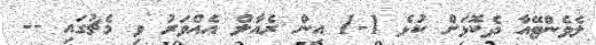
ލެވެންޓޭއާ ދެކޮޅަށް ކުޅެ 1-1 އިން ރެއާލް އެއްވަރު ވި މެޗުގައި --